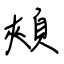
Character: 頰